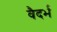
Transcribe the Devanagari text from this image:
वैदर्भ